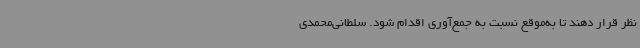
نظر قرار دهند تا به‌موقع نسبت به جمع‌آوری اقدام شود. سلطانی‌محمدی